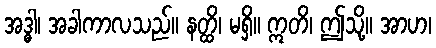
အဒ္ဓါ၊ အခါကာလသည်။ နတ္ထိ၊ မရှိ။ ဣတိ၊ ဤသို့။ အာဟ၊